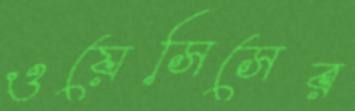
ওয়েসিসের